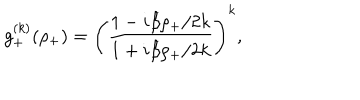
LaTeX: g _ { + } ^ { ( k ) } ( \rho _ { + } ) = \Biggl ( \frac { 1 - { i \beta \rho _ { + } } / { 2 k } } { 1 + { i \beta \rho _ { + } } / { 2 k } } \Biggr ) ^ { k } ,